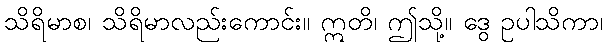
သိရိမာစ၊ သိရိမာလည်းကောင်း။ ဣတိ၊ ဤသို့။ ဒွေ ဥပါသိကာ၊